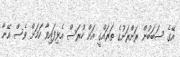
އޭގެ ސަބަބުން ރަށްރަށުގެ ތަރައްގީ އަށް ހުރަސް އެޅިފައިވާ ކަމަށް ވެސް އޭނާ